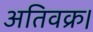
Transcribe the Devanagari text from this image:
अतिवक्र।